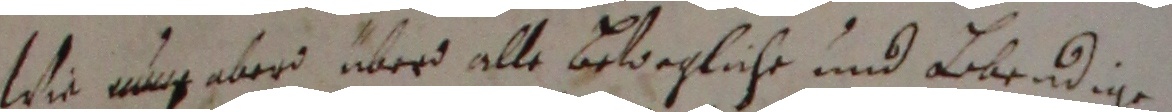
Wie auch aber über alle bewoegliche und abendige